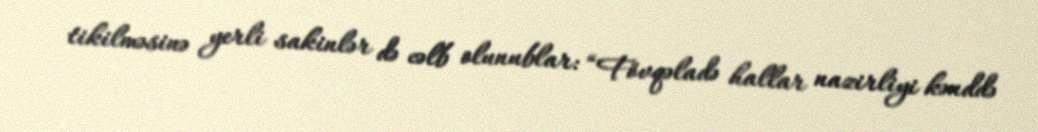
tikilməsinə yerli sakinlər də cəlb olunublar: “Fövqəladə hallar nazirliyi kənddə